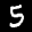
Label: 5